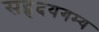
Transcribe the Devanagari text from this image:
सहृदयगम्य